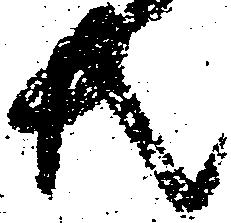
共